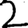
Digit: 2